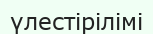
үлестірілімі